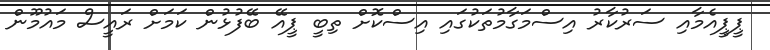
ޕީޕީއެމާއި ސަރުކާރު އިސްމަގާމުތަކުގައި އިސްކޮށް ތިބީ ޕީއޭ ބޭފުޅުން ކަމަށް ރައީސް މައުމޫން